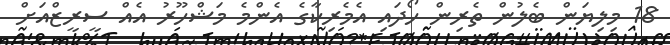
18 މިލިޔަން ބެލުން ތެރިން ހޯދައި އެެމެރިކާގެ އެންމެ މަޝްހޫރު އެއް ސީރީޒްއަށް